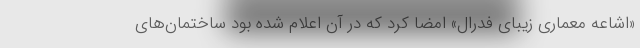
«اشاعه معماری زیبای فدرال» امضا کرد که در آن اعلام شده بود ساختمان‌های